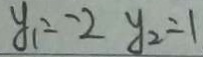
y _ { 1 } = - 2 y _ { 2 } = 1